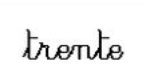
trente